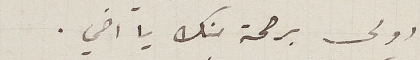
اولى برحمة منك يا اخي.